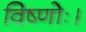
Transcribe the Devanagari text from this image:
विष्णोः।